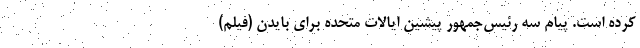
کرده است. پیام سه رئیس‌جمهور پیشین ایالات متحده برای بایدن (فیلم)